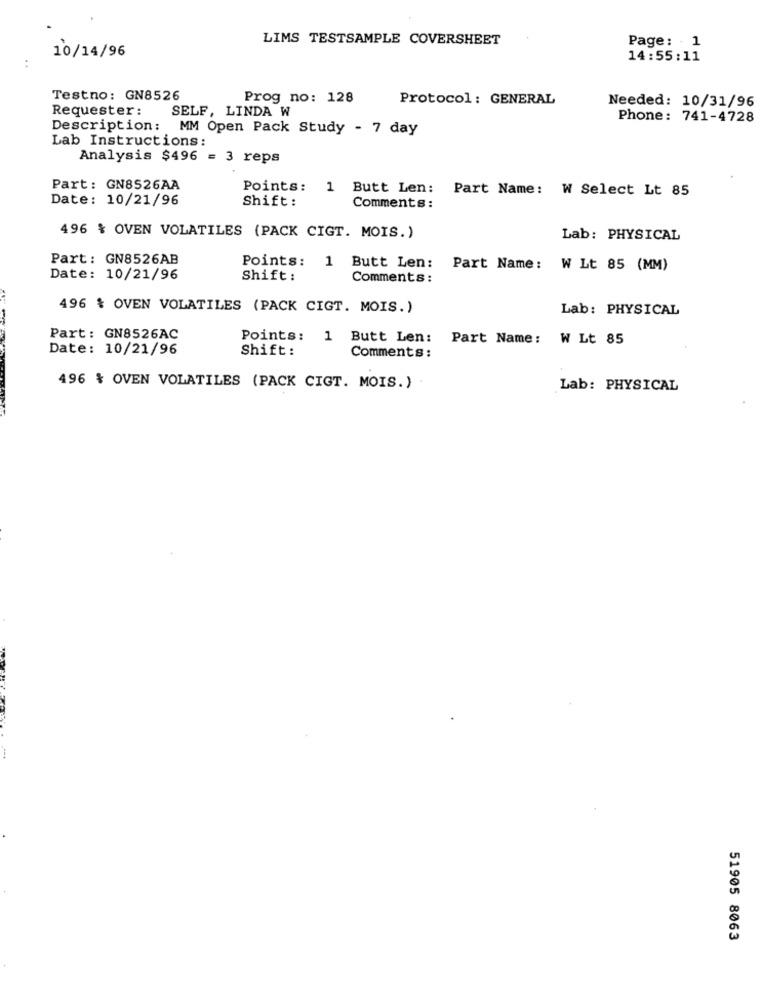
LIMS TESTSAMPLE COVERSHEET
Page: 1
10/14/96
14:55:11
..
Testno: GN8526
Prog no: 128
Protocol : GENERAL
Requester :
SELF, LINDA W
Needed: 10/31/96
Phone: 741-4728
Description: MM Open Pack Study - 7 day
Lab Instructions:
Analysis $496 = 3 reps
Part: GN8526AA
Points: 1 Butt Len:
Part Name: W Select Lt 85
Date: 10/21/96
Shift:
Comments:
496 % OVEN VOLATILES (PACK CIGT. MOIS.)
Lab: PHYSICAL
Part: GN8526AB
Points: 1 Butt Len:
Part Name: W Lt 85 (MM)
Date: 10/21/96
Shift:
Comments:
496 % OVEN VOLATILES (PACK CIGT. MOIS.)
Lab: PHYSICAL
Part: GN8526AC
Points: 1 Butt Len:
Part Name :
W Lt 85
Date: 10/21/96
Shift:
Comments:
496 % OVEN VOLATILES (PACK CIGT. MOIS.) .
Lab: PHYSICAL
51905 8063